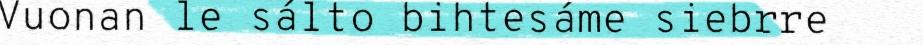
Vuonan le sálto bihtesáme siebrre